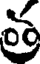
త